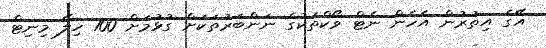
އޭގެ އިތުރުން އެހެން ނެޓް ވޯކްތަކުގެ ނަންބަރުތަކަށް ގުޅުމަށް 100 ހިލޭ މިނިޓް